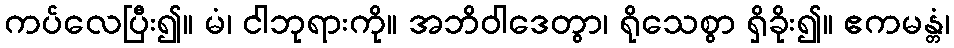
ကပ်လေပြီး၍။ မံ၊ ငါဘုရားကို။ အဘိဝါဒေတွာ၊ ရိုသေစွာ ရှိခိုး၍။ ဧကမန္တံ၊